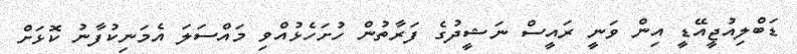
ޑަބްލިއުޖީއޭޑީ އިން ވަނީ ރައީސް ނަޝީދުގެ ފަރާތުން ހުށަހެޅުއްވި މައްސަލަ އެމަނިކުފާނު ކޮޅަށް